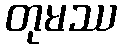
တုမဿ